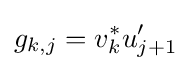
g_{k,j}=v_{k}^{*}u_{j+1}'